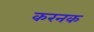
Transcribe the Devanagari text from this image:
करनक